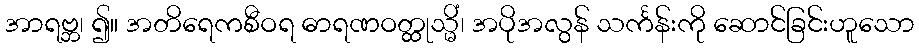
အာရဗ္ဘ၊ ၍။ အတိရေကစီဝရ ဓာရဏဝတ္ထုသ္မိံ၊ အပိုအလွန် သင်္ကန်းကို ဆောင်ခြင်းဟူသော